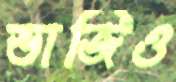
ভাজিও